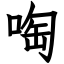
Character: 啕